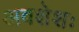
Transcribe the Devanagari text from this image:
अवशेशः